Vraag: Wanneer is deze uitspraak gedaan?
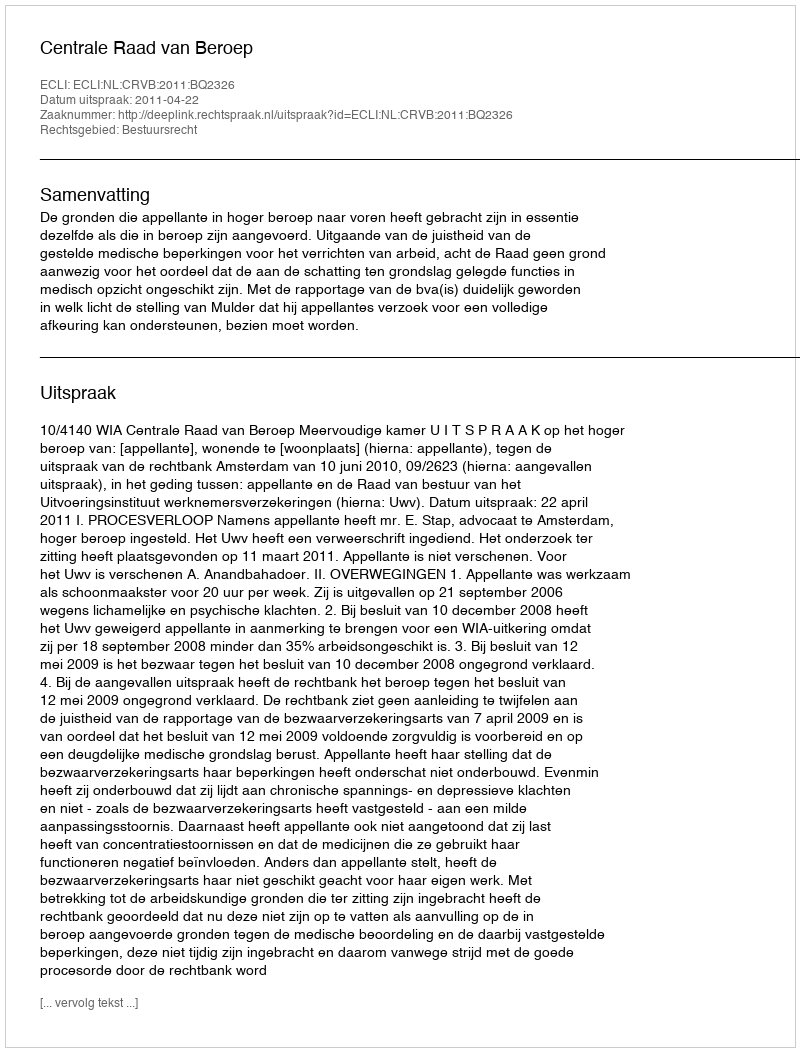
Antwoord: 2011-04-22